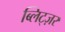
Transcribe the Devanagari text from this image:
ब्लिट्ज़र